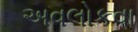
અવલોકવા